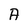
Character: A